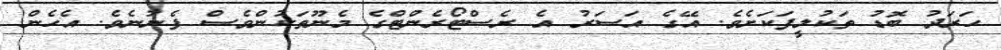
ހަރަދު ބޮޑު ތަކުލީފަކަށެވެ. އޭގެ އަސަރު އެ ރެސްޓޯރެންޓްގެ މެނޫތަކުންވެސް ފެނުނެވެ. އެހެން